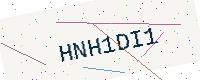
Text: HNH1DI1